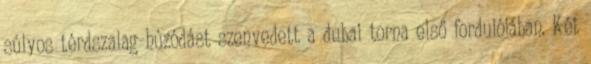
súlyos térdszalag-húzódást szenvedett a dubai torna első fordulójában. Két